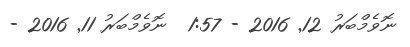
ނޮވެމްބަރު 12